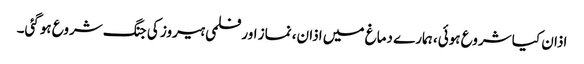
اذان کیا شروع ہوئی، ہمارے دماغ میں اذان، نماز اور فلمی ہیروز کی جنگ شروع ہوگئی۔